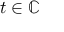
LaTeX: t \in \mathbb { C }